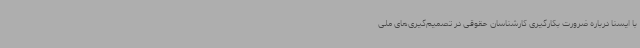
با ایسنا درباره ضرورت بکارگیری کارشناسان حقوقی در تصمیم‌گیری‌های ملی